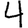
Digit: 4